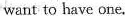
want to have one.